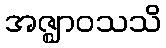
အဇ္ဈာဝသသိ